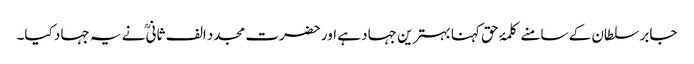
جابر سلطان کے سامنے کلمۂ حق کہنا بہترین جہاد ہے اور حضرت مجدد الف ثانیؒ نے یہ جہاد کیا۔